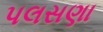
પલસણા